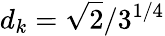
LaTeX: d_{k}=\sqrt{2}/3^{1/4}